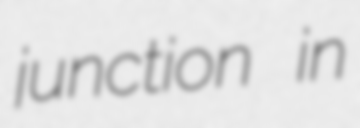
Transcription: junction in